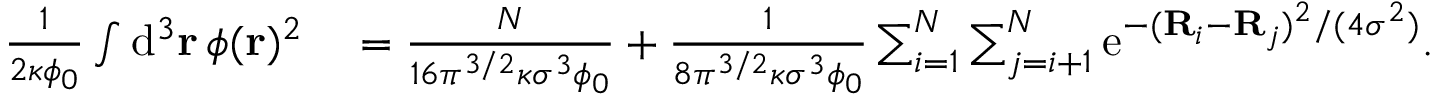
\begin{array} { r l } { \frac { 1 } { 2 \kappa \phi _ { 0 } } \int \mathrm { d } ^ { 3 } \mathbf { r } \, \phi ( \mathbf { r } ) ^ { 2 } } & { { } = \frac { N } { 1 6 \pi ^ { 3 / 2 } \kappa \sigma ^ { 3 } \phi _ { 0 } } + \frac { 1 } { 8 \pi ^ { 3 / 2 } \kappa \sigma ^ { 3 } \phi _ { 0 } } \sum _ { i = 1 } ^ { N } \sum _ { j = i + 1 } ^ { N } \mathrm { e } ^ { - ( \mathbf { R } _ { i } - \mathbf { R } _ { j } ) ^ { 2 } / ( 4 \sigma ^ { 2 } ) } . } \end{array}